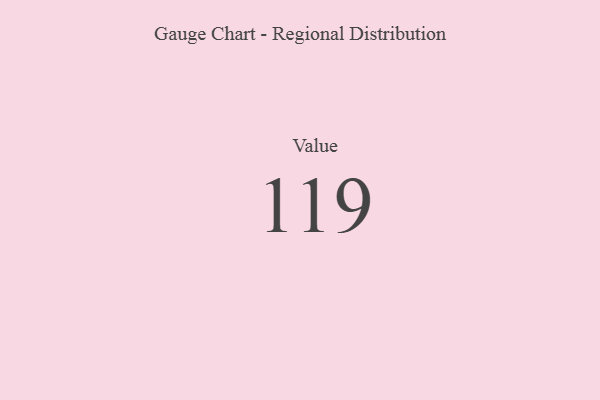
{"axis": {"x": "Metric", "y": "Value"}, "legend": [""], "data": [{"x": "Value", "y": 119, "type": ""}]}